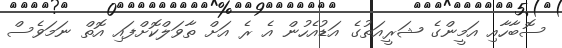
ސޮބާހާއި އަމީންގެ ޝަރީއަތުގެ އަޑުއެހުން އެ ރެ އަށް ތާވަލްކޮށްފައި އޮތް ނަމަވެސް